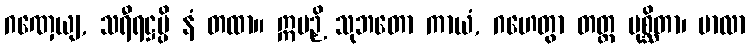
ဂဏှေယျ, သရီရဋ္ဌမ္ပိ နံ တထာ။ ဣမဉှိ သုဘတော ကာယံ, ဂဟေတွာ တတ္ထ မုစ္ဆိတာ၊ ဗာလာ